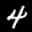
Label: 4